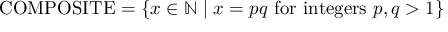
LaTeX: \mathrm { C O M P O S I T E } = \left\{ x \in \mathbb { N } \mid x = p q { \mathrm { ~ f o r ~ i n t e g e r s ~ } } p , q > 1 \right\}